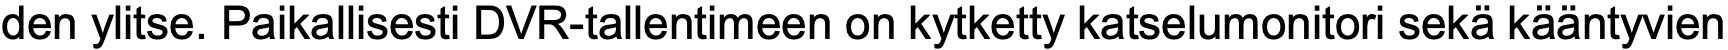
den ylitse. Paikallisesti DVR-tallentimeen on kytketty katselumonitori sekä kääntyvien